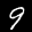
Label: 9